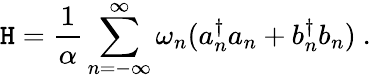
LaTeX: \mathtt{H}=\frac{{1}}{{\alpha}}\sum_{n=-\infty}^{\infty}{\omega_{n}}(a_{n}^{\dagger}a_{n}+b_{n}^{\dagger}b_{n})~.